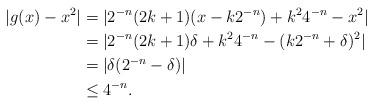
LaTeX: \begin{align*} |g(x) - x^2| &= |2^{-n}(2k+1) (x-k2^{-n}) + k^2 4^{-n} - x^2| \\ &= |2^{-n}(2k+1) \delta + k^2 4^{-n} - (k2^{-n} + \delta)^2| \\ &= |\delta (2^{-n} - \delta)| \\ &\leq 4^{-n}.\end{align*}